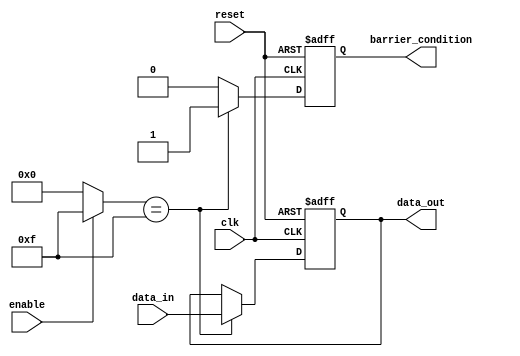
module BarrierRegister #(
    parameter DATA_WIDTH = 8, // Width of the data input
    parameter NUM_INPUTS = 4   // Number of input signals
)(
    input wire clk,                        // Clock signal
    input wire reset,                      // Asynchronous reset signal
    input wire enable,                     // Enable signal
    input wire [NUM_INPUTS*DATA_WIDTH-1:0] data_in, // Concatenated data inputs
    output reg [NUM_INPUTS*DATA_WIDTH-1:0] data_out, // Concatenated output registers
    output reg barrier_condition           // Indicates when the barrier condition is met
);

    // Internal signals to track the input states
    reg [NUM_INPUTS-1:0] valid_inputs; // Tracks valid inputs
    reg [NUM_INPUTS-1:0] prev_valid_inputs; // Previous valid inputs

    // Generate valid inputs based on the enable signal
    always @(*) begin
        valid_inputs = enable ? {NUM_INPUTS{1'b1}} : {NUM_INPUTS{1'b0}};
    end

    // Capture data on the rising edge of the clock
    always @(posedge clk or posedge reset) begin
        if (reset) begin
            data_out <= 0; // Clear output on reset
            barrier_condition <= 1'b0; // Reset barrier condition
        end else begin
            // Check if all inputs are valid
            if (valid_inputs == {NUM_INPUTS{1'b1}}) begin
                data_out <= data_in; // Capture data if all inputs are valid
                barrier_condition <= 1'b1; // Set barrier condition
            end else begin
                barrier_condition <= 1'b0; // Clear barrier condition if not all inputs are valid
            end
        end
    end

endmodule